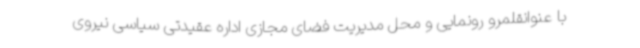
با عنوانقلمرو رونمایی و محل مدیریت فضای مجازی اداره عقیدتی سیاسی نیروی